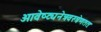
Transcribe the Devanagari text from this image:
आवेष्ट्यनेत्रवस्त्रेणततः